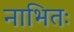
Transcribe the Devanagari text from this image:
नाभितः